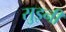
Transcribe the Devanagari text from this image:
सुइनी